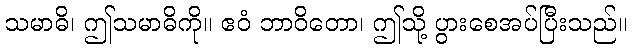
သမာဓိ၊ ဤသမာဓိကို။ ဧဝံ ဘာဝိတော၊ ဤသို့ ပွားစေအပ်ပြီးသည်။